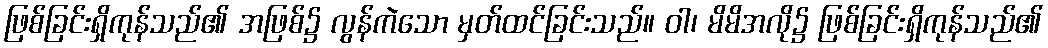
ဖြစ်ခြင်းရှိကုန်သည်၏ အဖြစ်၌ လွန်ကဲသော မှတ်ထင်ခြင်းသည်။ ဝါ၊ မိမိအလို၌ ဖြစ်ခြင်းရှိကုန်သည်၏